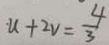
u + 2 v = \frac { 4 } { 3 }